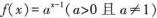
$$f(x)=a^{x-1}(a>0且a\ne 1)$$